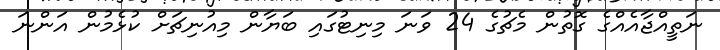
ނަތީއްޖާއެއްގެ ގޮތުން މެޗުގެ 24 ވަނަ މިނިޓުގައި ބަޔާން މިއުނިޗަށް ކުޅެމުން އަންނަ